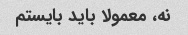
نه، معمولا باید بایستم